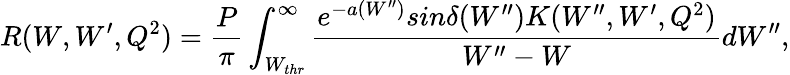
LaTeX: R(W,W^{\prime},Q^{2})=\frac{P}{\pi}\int_{W_{thr}}^{\infty}\frac{e^{-a(W^{\prime\prime})}sin\delta(W^{\prime\prime})K(W^{\prime\prime},W^{\prime},Q^{2})}{W^{\prime\prime}-W}dW^{\prime\prime},